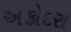
અકોદરા